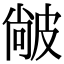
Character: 𤿼